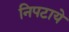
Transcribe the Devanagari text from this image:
निपटाये